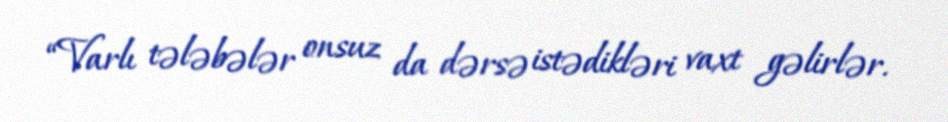
“Varlı tələbələr onsuz da dərsə istədikləri vaxt gəlirlər.